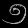
Digit: ၅